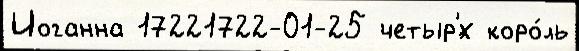
Иоганна 17221722-01-25 четыр'́х коро́ль